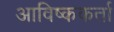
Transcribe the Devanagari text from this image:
आविष्ककर्ता